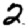
Digit: 2